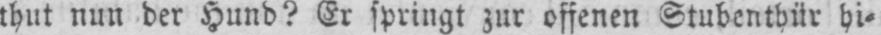
thut nun der Hund? Er springt zur offenen Stubenthür hi⸗